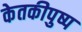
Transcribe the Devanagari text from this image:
केतकीपुष्प